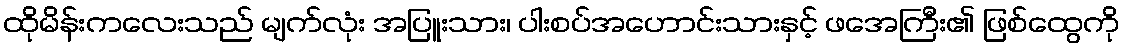
ထိုမိန်းကလေးသည် မျက်လုံး အပြူးသား၊ ပါးစပ်အဟောင်းသားနှင့် ဖအေကြီး၏ ဖြစ်ထွေကို